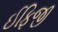
ઈફિજી